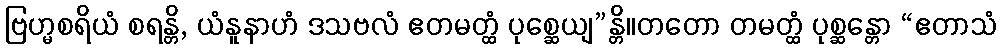
ဗြဟ္မစရိယံ စရန္တိ, ယံနူနာဟံ ဒသဗလံ ဧတမတ္ထံ ပုစ္ဆေယျ”န္တိ။တတော တမတ္ထံ ပုစ္ဆန္တော “ဧတာသံ